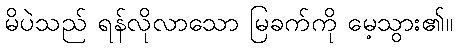
မိပဲသည် ရန်လိုလာသော မြခက်ကို မေ့သွား၏။